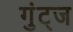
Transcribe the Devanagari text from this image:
गुंट्ज